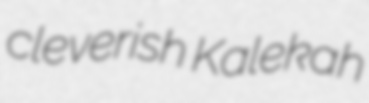
cleverish Kalekah